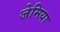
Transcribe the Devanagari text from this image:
जेमिया